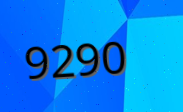
9290